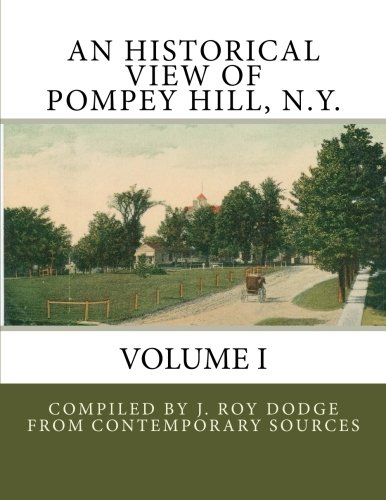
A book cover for An Historical View of Pompey Hill, N.Y.; J. Roy Dodge; History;